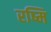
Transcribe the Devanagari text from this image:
रष्मि